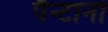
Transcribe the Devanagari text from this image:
पैन्टानो